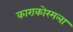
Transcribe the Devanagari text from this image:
काराकोरमला